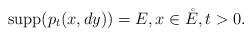
LaTeX: \begin{align*}\hbox{supp}(p_t(x,dy))=E, x\in\mathring{ E}, t>0.\end{align*}